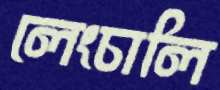
লেংচালি